Lunatic asylums Punjab 1895-1910 - 1895-1910
Year: 1895
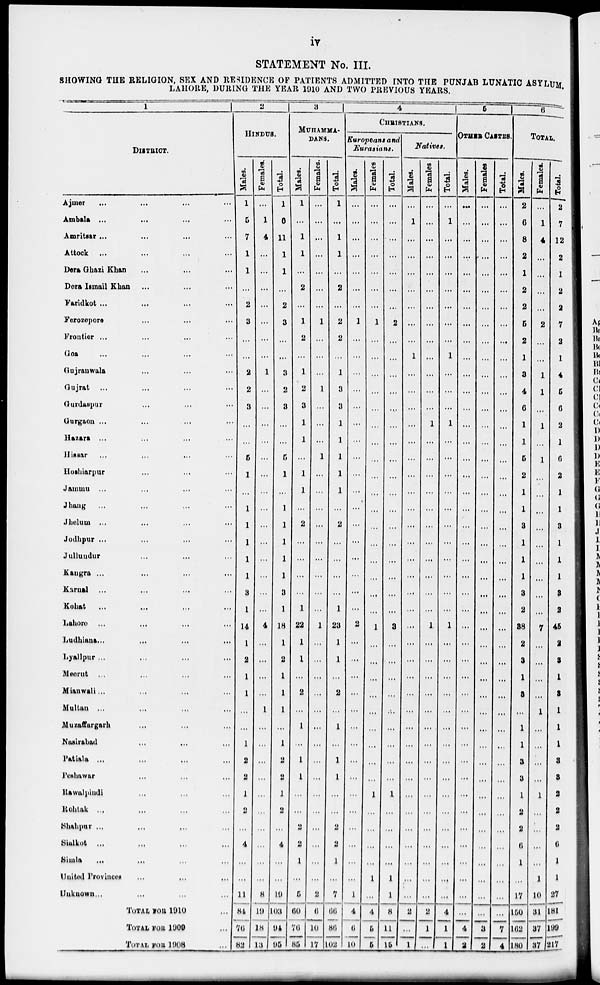
iv
STATEMENT No. III.
SHOWING THE RELIGION, SEX AND RESIDENCE OF PATIENTS ADMITTED INTO THE PUNJAB LUNATIC ASYLUM,
LAHORE, DURING THE YEAR 1910 AND TWO PREVIOUS YEARS.
1
DISTRICT.
Ajmer
...
...
...
...
Ambala
...
...
...
...
Amritsar
...
...
...
...
Attock
...
...
...
...
Dera Ghazi Khan ... ... ...
Dera Ismail Khan ... ... ...
Faridkot ... ... ... ...
Ferozepore ... ... ... ...
Frontier ... ... ... ...
Goa ... ... ... ...
Gujranwala ... ... ... ...
Gujrat ... ... ... ...
Gurdaspur ... ... ... ...
Gurgaon ... ... ... ...
Hazara ... ... ... ...
Hissar ... ... ... ...
Hoshiarpur ... ... ... ...
Jammu ... ... ... ...
Jhang ... ... ... ...
Jhelum ... ... ... ...
Jodhpur ... ... ... ...
Jullundur ... ... ... ...
Kangra ... ... ... ...
Karnal ... ... ... ...
Kohat
...
...
...
...
Lahore ... ... ... ...
Ludhisna
...
...
...
...
Lyallpur ... ... ... ...
Meerut ... ... ... ...
Mian wall ... ... ... ...
Multan ... ... ... ...
Muzaffurgarh ... ... ...
Nasirabad ... ... ... ...
Patiala ... ... ... ...
Peshawar ... ... ... ...
Rawalpindi ... ... ... ...
Rohtak ... ... ... ...
Shahpur ... ... ... ...
Slalkot ... ... ... ...
Simla ... ... ... ...
United Provinces ... ... ...
Unknown ... ... ... ...
TOTAL FOR 1910 ...
TOTAL FOR 1909 ...
TOTAL FOR 1908 ...
2
HINDUS.
Males.
1
5
7
1
1
...
2
3
...
...
2
2
3
...
...
5
1
...
1
1
1
1
1
3
1
14
1
2
1
1
...
...
1
2
2
1
2
...
4
...
...
11
84
76
82
Females.
...
1
4
...
...
...
...
...
...
...
1
...
...
...
...
...
...
...
...
...
...
...
...
...
...
4
...
...
...
...
1
...
...
...
...
...
...
...
...
...
...
8
19
18
13
Total.
1
6
11
1
1
...
2
3
...
...
3
2
3
...
...
5
1
...
1
1
1
1
1
3
1
18
1
2
1
1
1
...
1
2
2
1
2
...
4
...
...
19
103
94
95
3
MUHAMMA-
DANS.
Males.
1
...
1
1
...
2
...
1
2
...
1
2
3
1
1
...
1
1
...
2
...
...
...
...
1
22
1
1
...
2
...
1
...
1
1
...
...
2
2
1
...
5
60
70
85
Females.
...
...
...
...
...
...
...
1
...
...
...
1
...
...
...
1
...
...
...
...
...
...
...
...
...
1
...
...
...
...
...
...
...
...
...
...
...
...
...
...
...
2
6
10
17
Total.
1
...
1
1
...
2
...
2
2
...
1
3
3
1
1
1
1
1
...
2
...
...
...
...
1
23
1
1
...
2
...
1
...
1
1
...
...
2
2
1
...
7
66
86
102
4
CHRISTIANS.
Europeans and
Eurasians.
Males.
...
...
...
...
...
...
...
1
...
...
...
...
...
...
...
...
...
...
...
...
...
...
...
...
...
2
...
...
...
...
...
...
...
...
...
...
...
...
...
...
...
1
4
6
10
Females
...
...
...
...
...
...
...
1
...
...
...
...
...
...
...
...
...
...
...
...
...
...
...
...
...
1
...
...
...
...
...
...
...
...
...
1
...
...
...
...
1
...
4
5
5
Total.
...
...
...
...
...
...
...
2
...
...
...
...
...
...
...
...
...
...
...
...
...
...
...
...
...
3
...
...
...
...
...
...
...
...
...
1
...
...
...
...
1
1
8
11
15
Natives.
Males.
...
1
...
...
...
...
...
...
...
1
...
...
...
...
...
...
...
...
...
...
...
...
...
...
...
...
...
...
...
...
...
...
...
...
...
...
...
...
...
...
...
...
2
...
1
Females
...
...
...
...
...
...
...
...
...
...
...
...
...
1
...
...
...
...
...
...
...
...
...
...
...
1
...
...
...
...
...
...
...
...
...
...
...
...
...
...
...
...
2
1
...
Total.
...
1
...
...
...
...
...
...
...
1
...
...
...
1
...
...
...
...
...
...
...
...
...
...
...
1
...
...
...
...
...
...
...
...
...
...
...
...
...
...
...
...
4
1
1
5
OTHER CASTES.
Males.
...
...
...
...
...
...
...
...
...
...
...
...
...
...
...
...
...
...
...
...
...
...
...
...
...
...
...
...
...
...
...
...
...
...
...
...
...
...
...
...
...
...
...
4
2
Females
...
...
...
...
...
...
...
...
...
...
...
...
...
...
...
...
...
...
...
...
...
...
...
...
...
...
...
...
...
...
...
...
...
...
...
...
...
...
...
...
...
...
...
3
2
Total.
...
...
...
...
...
...
...
...
...
...
...
...
...
...
...
...
...
...
...
...
...
...
...
...
...
...
...
...
...
...
...
...
...
...
...
...
...
...
...
...
...
...
...
7
4
6
TOTAL.
Males.
2
6
8
2
1
2
2
5
2
1
3
4
6
1
1
5
2
1
1
3
1
1
1
3
2
38
2
3
1
3
...
1
1
3
3
1
2
2
6
1
...
17
150
162
180
Females.
...
1
4
...
...
...
...
2
...
...
1
1
...
1
...
1
...
...
...
...
...
...
...
...
...
7
...
...
...
...
1
...
...
...
...
1
...
...
...
...
1
10
31
37
37
Total.
2
7
12
2
1
2
2
7
2
1
4
5
6
2
1
6
2
1
1
3
1
1
1
3
2
45
2
3
1
3
1
1
1
3
3
2
2
2
6
1
1
27
181
199
217